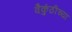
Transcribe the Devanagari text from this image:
वैकुंठीच्या